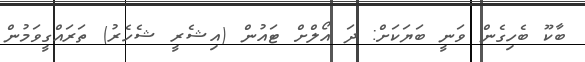
ބާކޫ ބެހިގެން ވަނީ ބަޔަކަށް: ދަ އޯލްށް ޓައުން (އިޝެރީ ޝެހެރު) ތަރައްގީވަމުން